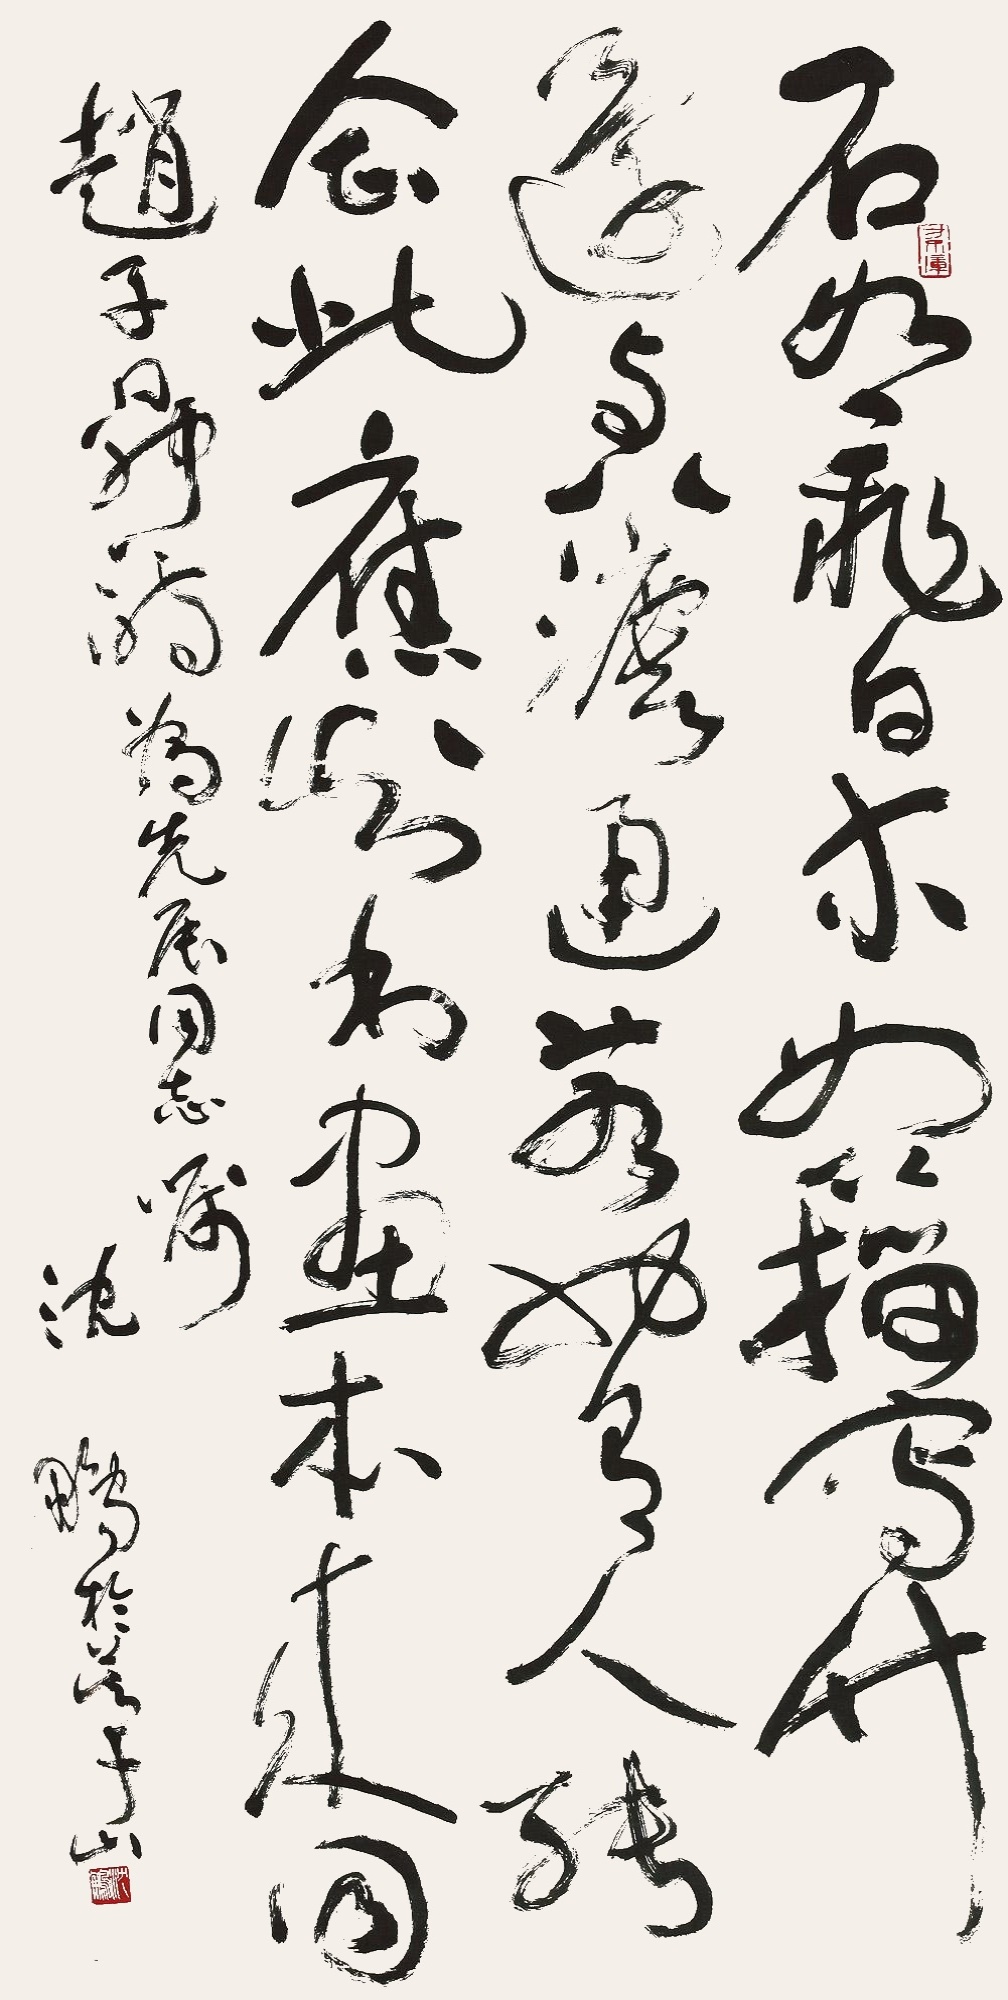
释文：石如飞白木如籀，写竹还与八法通。若也有人能会此，应知书画本来同。赵子昂诗，为先辰同志嘱，沈鹏于莫干山。